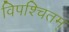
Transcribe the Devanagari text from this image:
विपश्चितम्